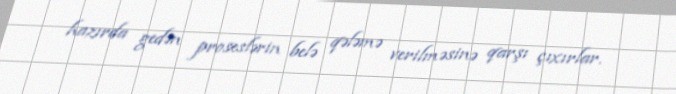
hazırda gedən proseslərin belə qələmə verilməsinə qarşı çıxırlar.